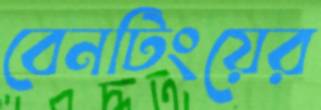
বেনটিংয়ের